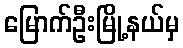
မြောက်ဦးမြို့နယ်မှ